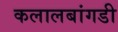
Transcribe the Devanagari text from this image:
कलालबांगडी